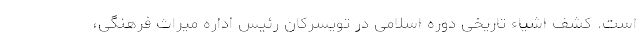
است. کشف اشیاء تاریخی دوره اسلامی در تویسرکان رئیس اداره میراث فرهنگی،